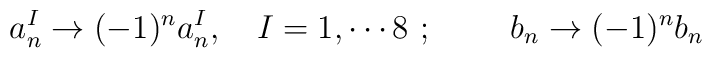
a^I_n \rightarrow (-1)^na^I_n ,~~~I=1,\cdots 8~; ~~~~~~~b_n \rightarrow (-1)^n  b_{n}